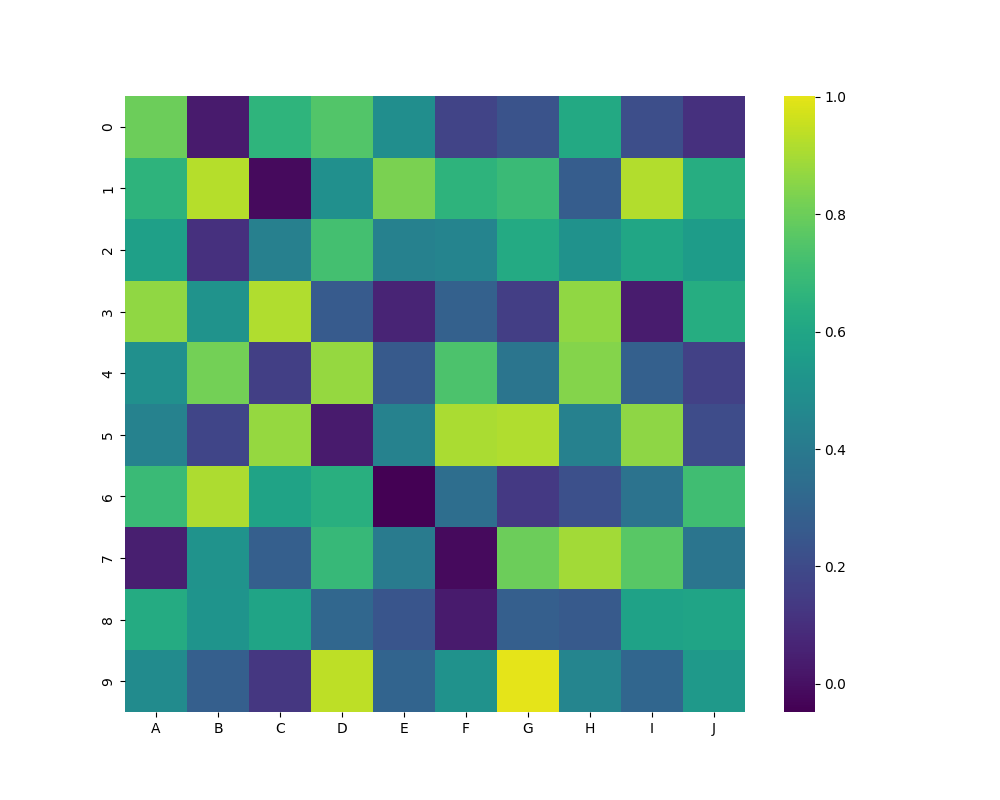
python, seaborn, heatmap, cmap='viridis', linewidths=0.0, center=0.5